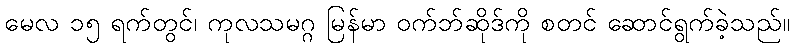
မေလ ၁၅ ရက်တွင်၊ ကုလသမဂ္ဂ မြန်မာ ဝက်ဘ်ဆိုဒ်ကို စတင် ဆောင်ရွက်ခဲ့သည်။